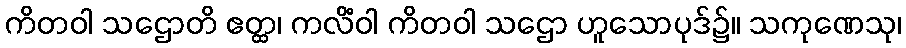
ကိတဝါ သဌောတိ ဧတ္ထ၊ ကလိံဝါ ကိတဝါ သဌော ဟူသောပုဒ်၌။ သကုဏေသု၊